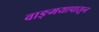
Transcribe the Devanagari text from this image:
वाङ्‌मयापासून